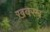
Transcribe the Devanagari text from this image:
ख़बरम